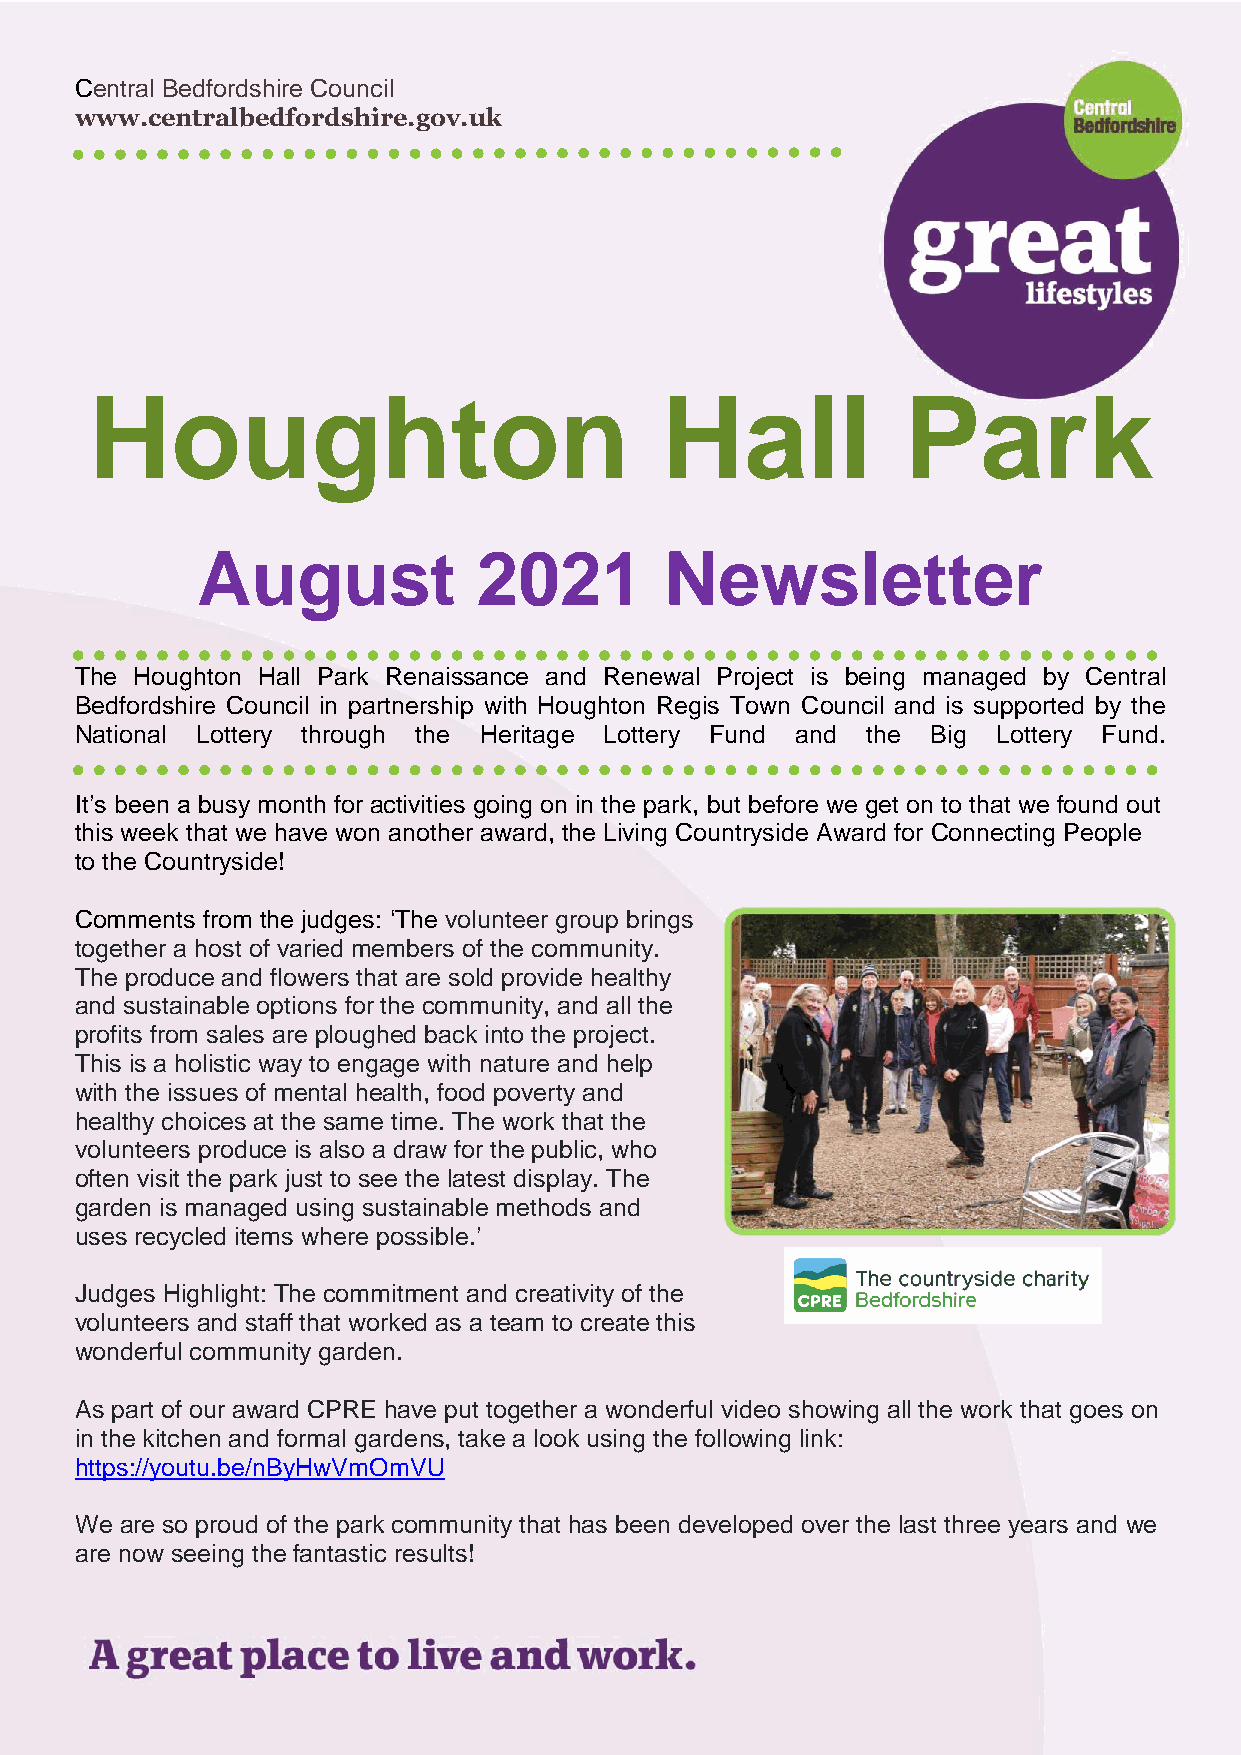
Central Bedfordshire Council
 www.centralbedfordshire.gov.uk
 Houghton                              Hall            Park
 August             2021        Newsletter
 The Houghton Hall Park Renaissance and Renewal Project is being managed by Central
 Bedfordshire Council in partnership with Houghton Regis Town Council and is supported by the
 National Lottery through the Heritage Lottery Fund and the Big Lottery Fund.
 It’s been a busy month for activities going on in the park, but before we get on to that we found out
 this week that we have won another award, the Living Countryside Award for Connecting People
 to the Countryside!
 Comments from the judges: ‘The volunteer group brings
 together a host of varied members of the community.
 The produce and flowers that are sold provide healthy
 and sustainable options for the community, and all the
 profits from sales are ploughed back into the project.
 This is a holistic way to engage with nature and help
 with the issues of mental health, food poverty and
 healthy choices at the same time. The work that the
 volunteers produce is also a draw for the public, who
 often visit the park just to see the latest display. The
 garden is managed using sustainable methods and
 uses recycled items where possible.’
 Judges Highlight: The commitment and creativity of the
 volunteers and staff that worked as a team to create this
 wonderful community garden.
 As part of our award CPRE have put together a wonderful video showing all the work that goes on
 in the kitchen and formal gardens, take a look using the following link:
 https://youtu.be/nByHwVmOmVU
 We are so proud of the park community that has been developed over the last three years and we
 are now seeing the fantastic results!